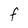
Character: f